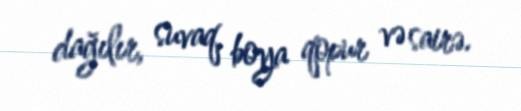
dağılır, suvaq, boya qopur və sairə.